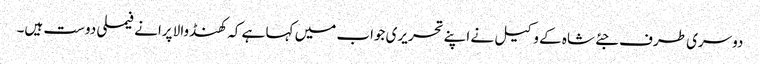
دوسری طرف جئے شاہ کے وکیل نے اپنے تحریری جواب میں کہا ہے کہ کھنڈوالا پرانے فیملی دوست ہیں۔